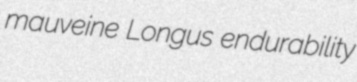
mauveine Longus endurability